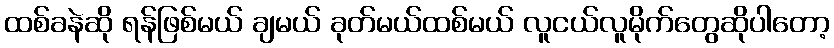
ထစ်ခနဲဆို ရန်ဖြစ်မယ် ချမယ် ခုတ်မယ်ထစ်မယ် လူငယ်လူမိုက်တွေဆိုပါတော့